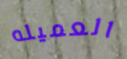
العميله